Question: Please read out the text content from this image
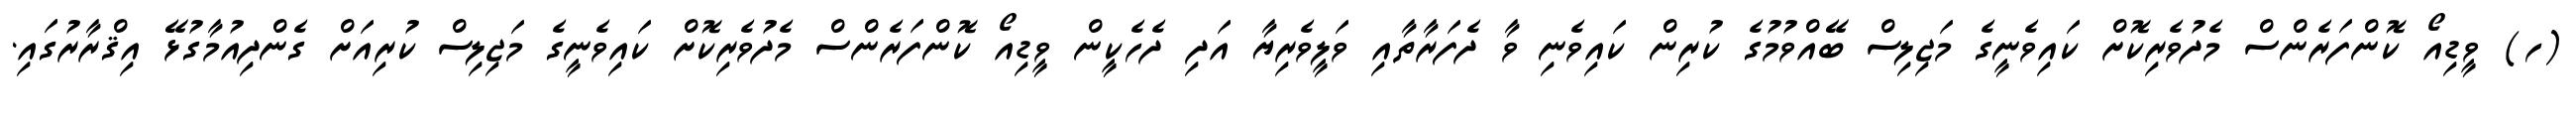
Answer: (ހ) ވީޑިއޯ ކޮންފަރެންސް މެދުވެރިކޮށް ކައިވެނީގެ މަޖިލިސް ބޭއްވުމުގެ ކުރިން ކައިވެނި ވާ ދެފަރާތާއި ވަލީވެރިޔާ އަދި ދެހެކީން ވީޑިއޯ ކޮންފަރެންސް މެދުވެރިކޮށް ކައިވެނީގެ މަޖިލިސް ކުރިއަށް ގެންދިއުމާގުޅޭ އިޤްރާރުގައި.